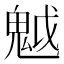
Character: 魆